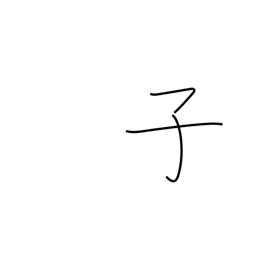
Meaning: 11PM-1AM